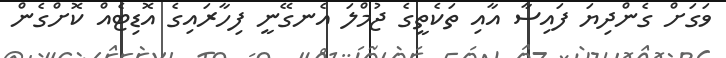
ވަގަށް ގެންދިޔަ ފައިސާ އާއި ތަކެތީގެ ޖުމްލަ އެނގޭނީ ފިހާރައިގެ އޮޑިޓެއް ކޮށްގެން